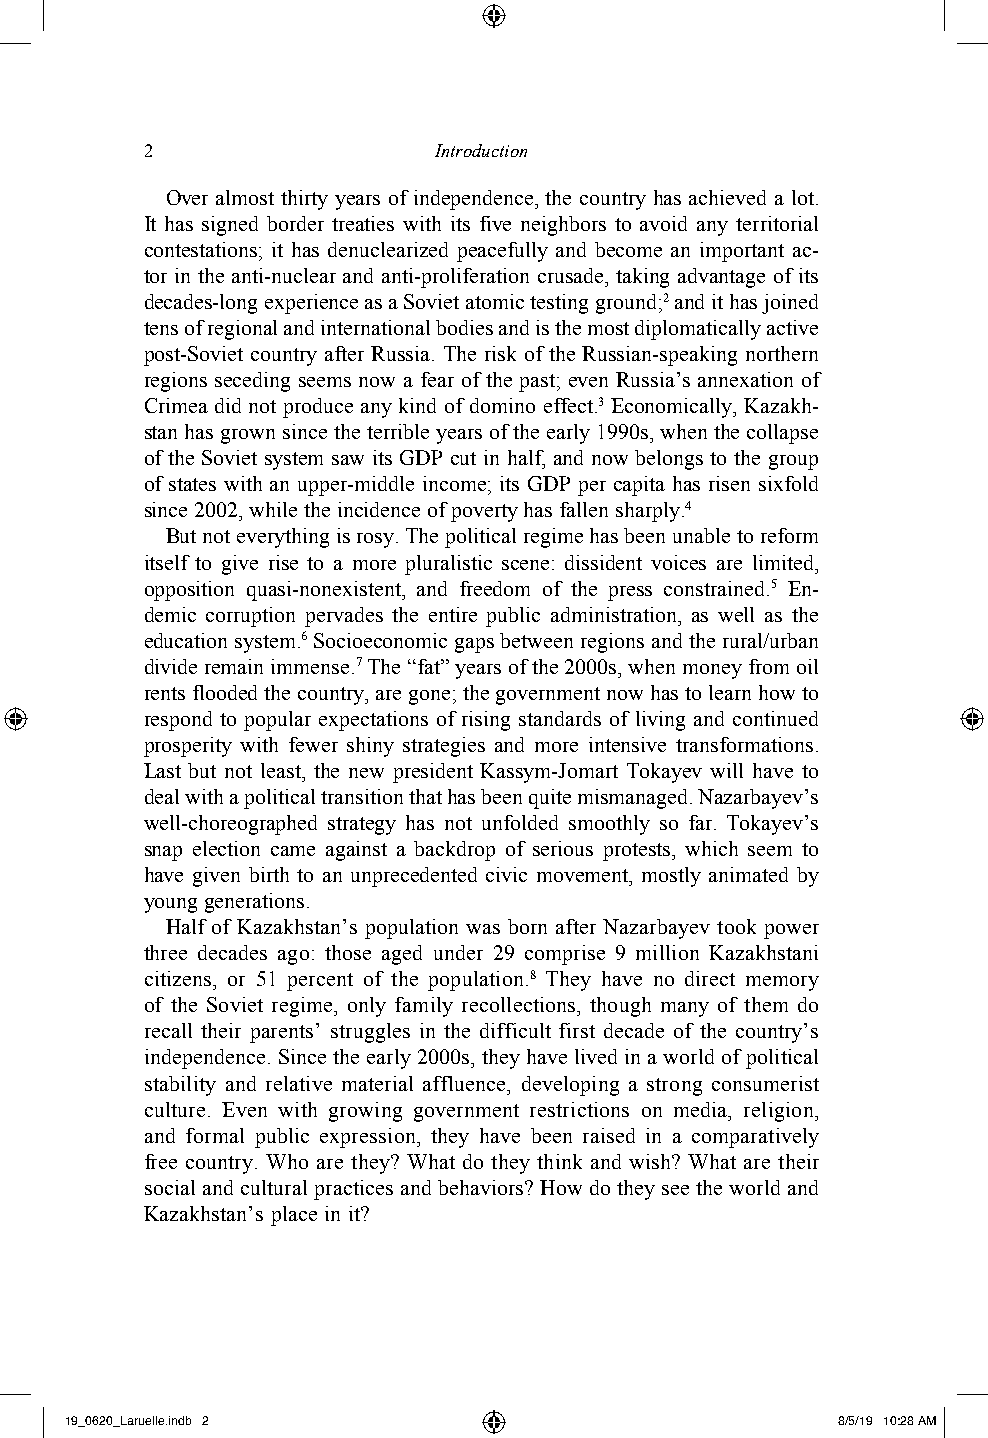
2                  Introduction
 Over almost thirty years of independence, the country has achieved a lot.
 It has signed border treaties with its five neighbors to avoid any territorial
 contestations; it has denuclearized peacefully and become an important ac-
 tor in the anti-nuclear and anti-proliferation crusade, taking advantage of its
 decades-long experience as a Soviet atomic testing ground;2 and it has joined
 tens of regional and international bodies and is the most diplomatically active
 post-Soviet country after Russia. The risk of the Russian-speaking northern
 regions seceding seems now a fear of the past; even Russia’s annexation of
 Crimea did not produce any kind of domino effect.3 Economically, Kazakh-
 stan has grown since the terrible years of the early 1990s, when the collapse
 of the Soviet system saw its GDP cut in half, and now belongs to the group
 of states with an upper-middle income; its GDP per capita has risen sixfold
 since 2002, while the incidence of poverty has fallen sharply.4
 But not everything is rosy. The political regime has been unable to reform
 itself to give rise to a more pluralistic scene: dissident voices are limited,
 opposition quasi-nonexistent, and freedom of the press constrained.5 En-
 demic corruption pervades the entire public administration, as well as the
 education system.6 Socioeconomic gaps between regions and the rural/urban
 divide remain immense.7 The “fat” years of the 2000s, when money from oil
 rents flooded the country, are gone; the government now has to learn how to
 respond to popular expectations of rising standards of living and continued
 prosperity with fewer shiny strategies and more intensive transformations.
 Last but not least, the new president Kassym-Jomart Tokayev will have to
 deal with a political transition that has been quite mismanaged. Nazarbayev’s
 well-choreographed strategy has not unfolded smoothly so far. Tokayev’s
 snap election came against a backdrop of serious protests, which seem to
 have given birth to an unprecedented civic movement, mostly animated by
 young generations.
 Half of Kazakhstan’s population was born after Nazarbayev took power
 three decades ago: those aged under 29 comprise 9 million Kazakhstani
 citizens, or 51 percent of the population.8 They have no direct memory
 of the Soviet regime, only family recollections, though many of them do
 recall their parents’ struggles in the difficult first decade of the country’s
 independence. Since the early 2000s, they have lived in a world of political
 stability and relative material affluence, developing a strong consumerist
 culture. Even with growing government restrictions on media, religion,
 and formal public expression, they have been raised in a comparatively
 free country. Who are they? What do they think and wish? What are their
 social and cultural practices and behaviors? How do they see the world and
 Kazakhstan’s place in it?
 19_0620_Laruelle.indb 2                            8/5/19 10:28 AM